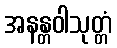
အနန္တဝါသုတ္တံ